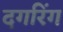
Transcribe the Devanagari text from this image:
दगरिंग